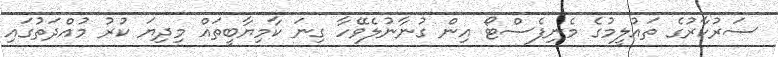
ސަރުކާރުގެ ތައުލީމުގެ މެނިފެސްޓޯ އިން ގުނާނުލެވޭހާ ގިނަ ކާމިޔާބީތައް މިދިޔަ ކުރު މުއްދަތުގައި